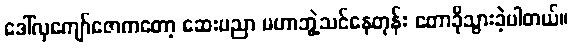
ဒေါ်လှကျော်ဇောကတော့ ဆေးပညာ မဟာဘွဲ့သင်နေတုန်း တောခိုသွားခဲ့ပါတယ်။